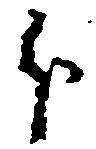
分